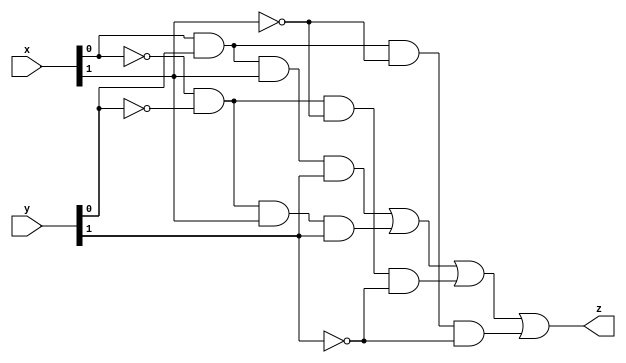
`timescale 1ns / 1ps
//////////////////////////////////////////////////////////////////////////////////
// Vector
//////////////////////////////////////////////////////////////////////////////////
module comparator2bit(
    input [1:0] x,
    input [1:0] y,
    output z
    );
 
assign z = (x[0] & y[0] & x[1] & y[1]) | 
         (~x[0] & ~y[0] & x[1] & y[1]) |
			(~x[0] & ~y[0] & ~x[1] & ~y[1])|
			 (x[0] & y[0] & ~x[1] & ~y[1]);
endmodule